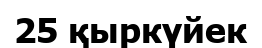
25 қыркүйек